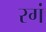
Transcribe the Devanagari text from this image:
रगं